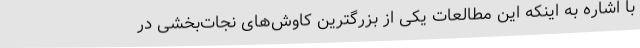
با اشاره به اینکه این مطالعات یکی از بزرگترین کاوش‌های نجات‌بخشی در